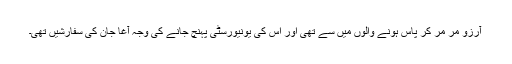
آرزو مر مر کر پاس ہونے والوں میں سے تھی اور اس کی یونیورسٹی پہنچ جانے کی وجہ آغا جان کی سفارشیں تھی۔